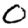
Digit: 0